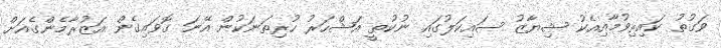
ވަގުތު ކައިރިވުމާއިއެކު ޝިޔާޒު ސައިކަލުގައި ނުކުތީ އަޝްހަރު ހުރިތަނަކުން އޭނަ ގޮވައިގެން އަޒުރާމެންގެއަށް